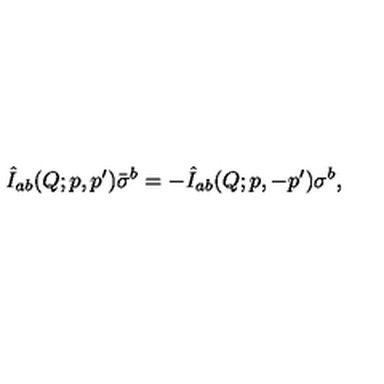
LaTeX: \hat { I } _ { a b } ( Q ; p , p ^ { \prime } ) \bar { \sigma } ^ { b } = - \hat { I } _ { a b } ( Q ; p , - p ^ { \prime } ) \sigma ^ { b } ,